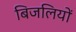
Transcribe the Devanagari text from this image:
बिजलियों